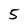
Character: 5